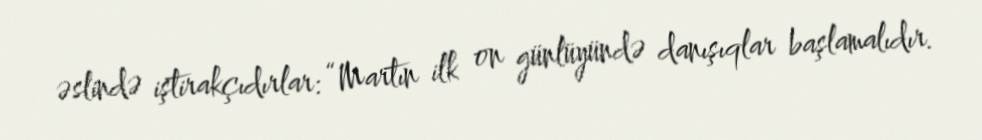
əslində iştirakçıdırlar: “Martın ilk on günlüyündə danışıqlar başlamalıdır.